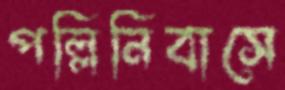
পল্লিনিবাসে